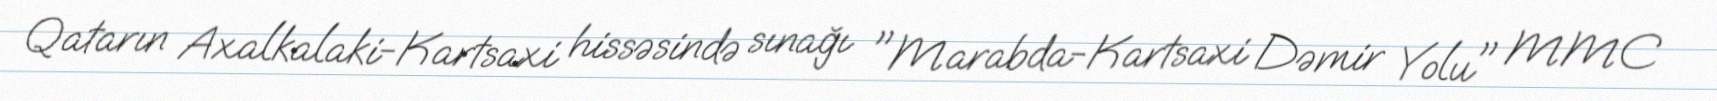
Qatarın Axalkalaki-Kartsaxi hissəsində sınağı "Marabda-Kartsaxi Dəmir Yolu" MMC